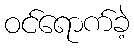
ဝင်ရောက်ခဲ့